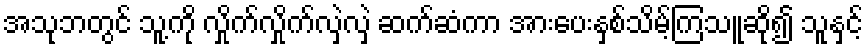
အသုဘတွင် သူ့ကို လှိုက်လှိုက်လှဲလှဲ ဆက်ဆံကာ အားပေးနှစ်သိမ့်ကြသူဆို၍ သူနှင့်